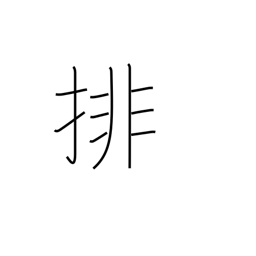
Meaning: arrange